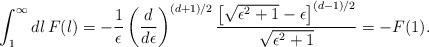
LaTeX: \begin{align*}\int_1^\infty dl\,F(l)=-{1\over\epsilon}\left(d\over d\epsilon\right)^{(d+1)/2}{\left[\sqrt{\epsilon^2+1}-\epsilon\right]^{(d-1)/2}\over\sqrt{\epsilon^2+1}}=-F(1).\end{align*}